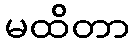
မထိတာ